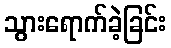
သွားရောက်ခဲ့ခြင်း